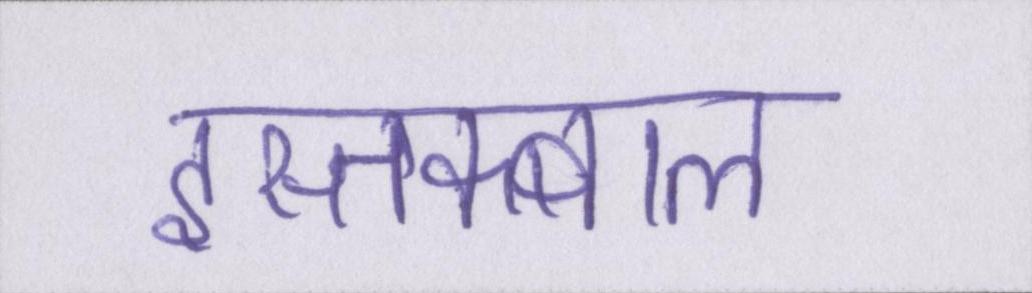
इस्तक्बाल